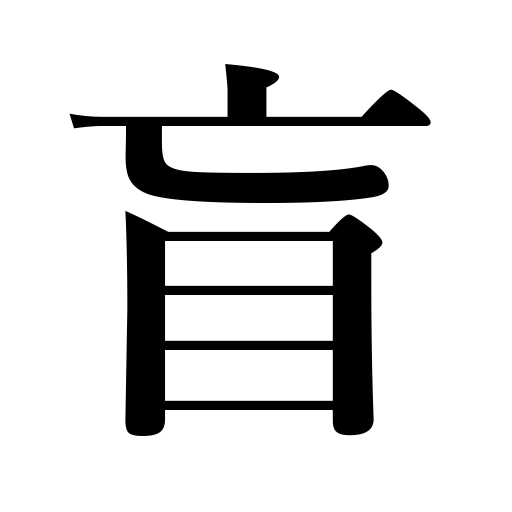
Meanings: blindness